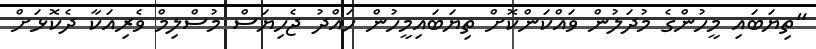
"ތިޔަބައި މީހުންގެ މުދަލުން ވައްކަންކޮށް ތިޔަބައިމީހުން ހައްދު ޖެހިޔަސް މުސްލިމް ވެރިއަކާ ދެކޮޅަށް